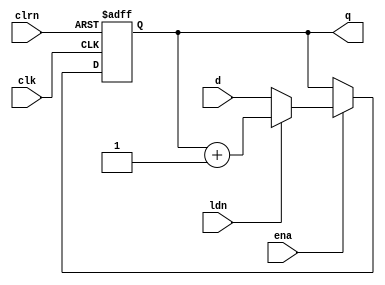
module counter
#(
	parameter Nbits = 4
)
(
	input clk, clrn, ena, ldn,
	input [Nbits-1:0] d,
	output reg [Nbits-1:0] q
);

always @(posedge clk, negedge clrn)
begin
	if (!clrn)
		q <= 0;
	else if (ena)
		if (!ldn)
			q <= d;
		else
		begin
			q <= q + 1'b1;
		end
end

endmodule